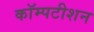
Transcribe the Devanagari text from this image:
कॉम्पटीशन